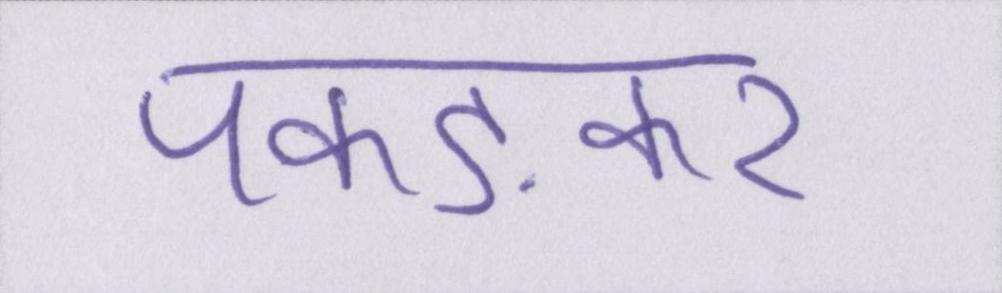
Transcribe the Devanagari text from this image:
पकङकर